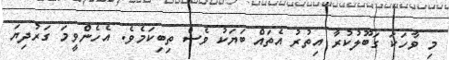
މި ވާހަކަ ގަބޫލުކުރާ އިތުރު އެތައް ބަޔަކު ވެސް ތިބިކަމެވެ. އެހެންވީމަ ގަރުދިޔަ